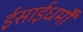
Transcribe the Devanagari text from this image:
ईसाईधर्मों